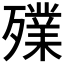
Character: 𣩫